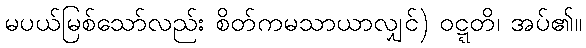
မပယ်မြစ်သော်လည်း စိတ်ကမသာယာလျှင်) ဝဋ္ဋတိ၊ အပ်၏။